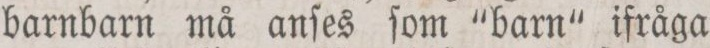
barnbarn må anſes ſom “barn“ ifråga